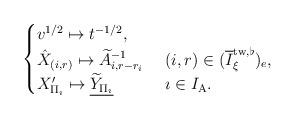
LaTeX: \begin{align*}\begin{cases}v^{1/2}\mapsto t^{-1/2},&\\\hat{X}_{(i, r)}\mapsto \widetilde{A}_{i, r-r_i}^{-1}&\ (i, r)\in (\overline{I}_{\xi}^{\mathrm{tw}, \flat})_e,\\X'_{\Pi_{\imath}}\mapsto \underline{\widetilde{Y}_{\Pi_{\imath}}}&\ \imath\in I_{\mathrm{A}}.\end{cases}\end{align*}